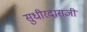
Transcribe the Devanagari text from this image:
सुधीरदासजी